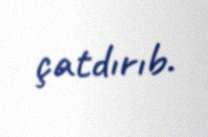
çatdırıb.